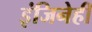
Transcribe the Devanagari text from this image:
इंजिनेही